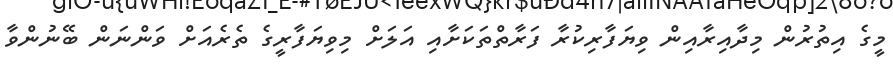
މީގެ އިތުރުން މިދާއިރާއިން ވިޔަފާރިކުރާ ފަރާތްތަކަށާއި އަލަށް މިވިޔަފާރީގެ ތެރެއަށް ވަންނަން ބޭނުންވާ